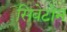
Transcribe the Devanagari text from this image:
सिवेटोन